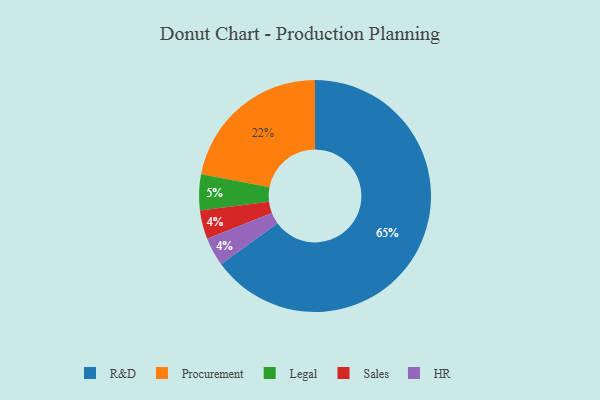
{"axis": {"x": "Category", "y": "Percentage"}, "legend": ["HR", "Legal", "Procurement", "R&D", "Sales"], "data": [{"x": "Sales", "y": 4, "type": "Sales"}, {"x": "R&D", "y": 65, "type": "R&D"}, {"x": "Legal", "y": 5, "type": "Legal"}, {"x": "HR", "y": 4, "type": "HR"}, {"x": "Procurement", "y": 22, "type": "Procurement"}]}